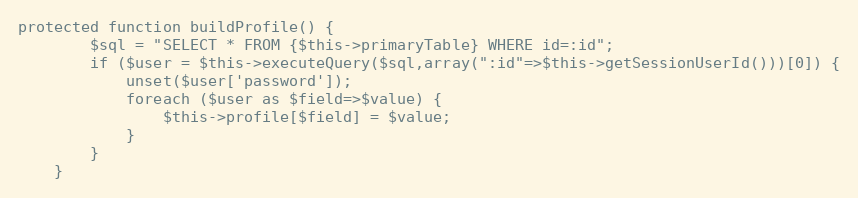
Language: PHP
protected function buildProfile() {
		$sql = "SELECT * FROM {$this->primaryTable} WHERE id=:id";
		if ($user = $this->executeQuery($sql,array(":id"=>$this->getSessionUserId()))[0]) {
			unset($user['password']);
			foreach ($user as $field=>$value) {
				$this->profile[$field] = $value;
			}
		}
	}